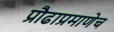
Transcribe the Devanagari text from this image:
प्रौढाप्रमाणेच